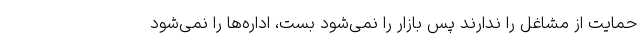
حمایت از مشاغل را ندارند پس بازار را نمی‌شود بست، اداره‌ها را نمی‌شود